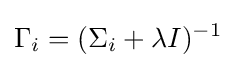
\Gamma _{i}=(\Sigma _{i}+\lambda I)^{-1}